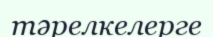
тәрелкелерге